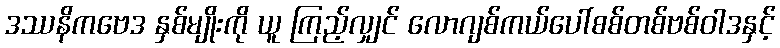
ဒဿနိကဗေဒ နှစ်မျိုးကို ယူ ကြည့်လျှင် လောဂျစ်ကယ်ပေါ်စစ်တစ်ဗစ်ဝါဒနှင့်